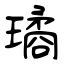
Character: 璚